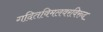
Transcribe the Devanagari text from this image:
गदितविमलवरविरुद